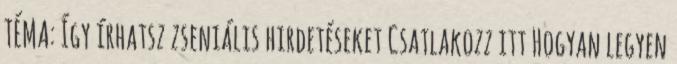
TÉMA: Így írhatsz zseniális hirdetéseket Csatlakozz itt Hogyan legyen